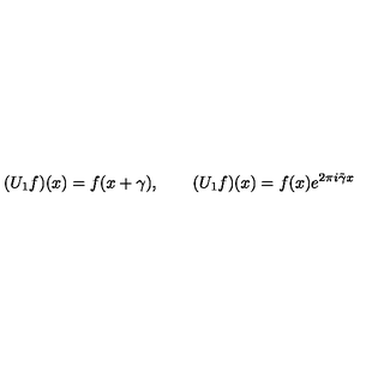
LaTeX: ( U _ { 1 } f ) ( x ) = f ( x + \gamma ) , \qquad ( U _ { 1 } f ) ( x ) = f ( x ) e ^ { 2 \pi i \tilde { \gamma } x }